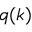
q ( k )